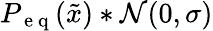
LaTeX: P_{\mathrm{~e~q~}}(\tilde{x})*\mathcal{N}(0,\sigma)